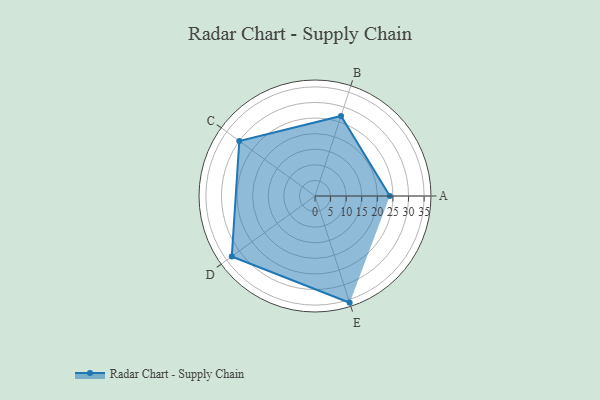
{"axis": {"x": "Skill", "y": "Score"}, "legend": ["Profile"], "data": [{"x": "A", "y": 24.0, "type": "Profile"}, {"x": "B", "y": 27.0, "type": "Profile"}, {"x": "C", "y": 30.0, "type": "Profile"}, {"x": "D", "y": 33.0, "type": "Profile"}, {"x": "E", "y": 36.0, "type": "Profile"}]}